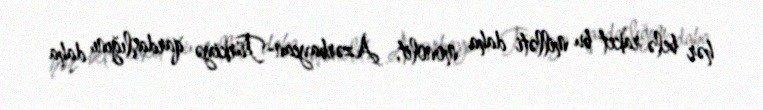
hər belə raket bu milləti daha monolit, Azərbaycan-Türkiyə qardaşlığını daha